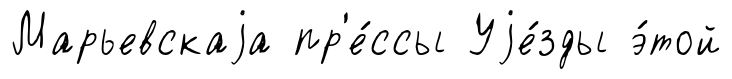
Марьевскаjа пр'е́ссы Уjе́зды э́той